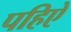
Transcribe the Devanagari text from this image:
पहिऐ